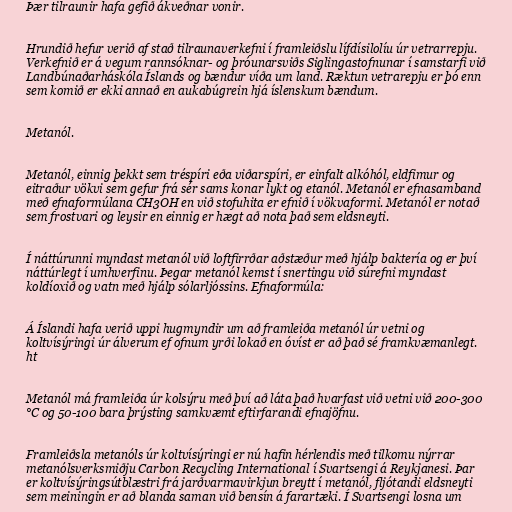
Þær tilraunir hafa gefið ákveðnar vonir.

Hrundið hefur verið af stað tilraunaverkefni í framleiðslu lífdísilolíu úr vetrarrepju.
Verkefnið er á vegum rannsóknar- og þróunarsviðs Siglingastofnunar í samstarfi við
Landbúnaðarháskóla Íslands og bændur víða um land. Ræktun vetrarepju er þó enn
sem komið er ekki annað en aukabúgrein hjá íslenskum bændum.

Metanól.

Metanól, einnig þekkt sem tréspíri eða viðarspíri, er einfalt alkóhól, eldfimur og
eitraður vökvi sem gefur frá sér sams konar lykt og etanól. Metanól er efnasamband
með efnaformúlana CH3OH en við stofuhita er efnið í vökvaformi. Metanól er notað
sem frostvari og leysir en einnig er hægt að nota það sem eldsneyti.

Í náttúrunni myndast metanól við loftfirrðar aðstæður með hjálp baktería og er því
náttúrlegt í umhverfinu. Þegar metanól kemst í snertingu við súrefni myndast
koldíoxið og vatn með hjálp sólarljóssins. Efnaformúla:

Á Íslandi hafa verið uppi hugmyndir um að framleiða metanól úr vetni og
koltvísýringi úr álverum ef ofnum yrði lokað en óvíst er að það sé framkvæmanlegt.
ht

Metanól má framleiða úr kolsýru með því að láta það hvarfast við vetni við 200-300
°C og 50-100 bara þrýsting samkvæmt eftirfarandi efnajöfnu.

Framleiðsla metanóls úr koltvísýringi er nú hafin hérlendis með tilkomu nýrrar
metanólsverksmiðju Carbon Recycling International í Svartsengi á Reykjanesi. Þar
er koltvísýringsútblæstri frá jarðvarmavirkjun breytt í metanól, fljótandi eldsneyti
sem meiningin er að blanda saman við bensín á farartæki. Í Svartsengi losna um